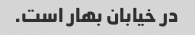
در خیابان بهار است.